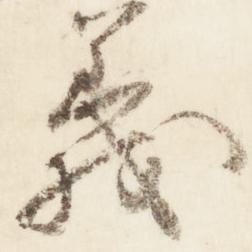
義